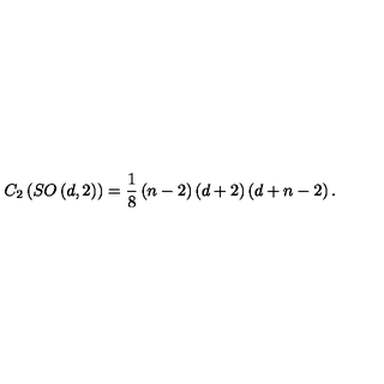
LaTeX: C _ { 2 } \left( S O \left( d , 2 \right) \right) = \frac { 1 } { 8 } \left( n - 2 \right) \left( d + 2 \right) \left( d + n - 2 \right) .